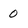
Character: 0